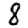
Digit: 8